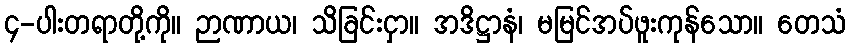
၄-ပါးတရာတို့ကို။ ဉာဏာယ၊ သိခြင်းငှာ။ အဒိဋ္ဌာနံ၊ မမြင်အပ်ဖူးကုန်သော။ တေသံ